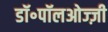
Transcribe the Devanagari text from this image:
डॉ॰पॉलओज्ज़ी